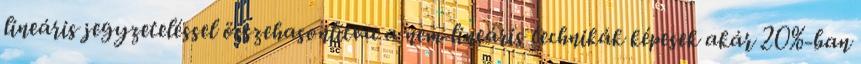
lineáris jegyzeteléssel összehasonlítva a nem-lineáris technikák képesek akár 20%-ban